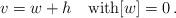
LaTeX: \begin{align*}v=w+h\quad\hbox{with}[w]=0\,.\end{align*}